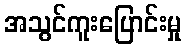
အသွင်ကူးပြောင်းမှု